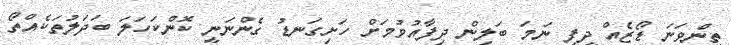
ތިންވަނަ ޑޯޒެއް ދީފި ނަމަ ބަލިން ދިފާއުވުމަށް ހަށިގަނޑު ގެންނަނީ ކޮންކަހަލަ ބަދަލުތަކެއްތޯ